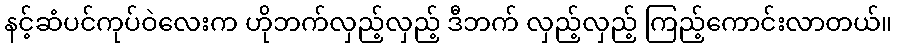
နင့်ဆံပင်ကုပ်ဝဲလေးက ဟိုဘက်လှည့်လှည့် ဒီဘက် လှည့်လှည့် ကြည့်ကောင်းလာတယ်။